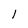
Character: l